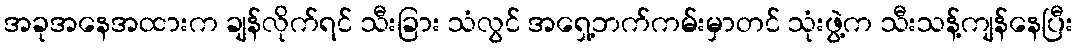
အခုအနေအထားက ချန်လိုက်ရင် သီးခြား သံလွင် အရှေ့ဘက်ကမ်းမှာတင် သုံးဖွဲ့က သီးသန့်ကျန်နေပြီး